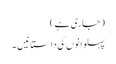
(جاری ہے )
پہلوانوں کی داستانیں ۔